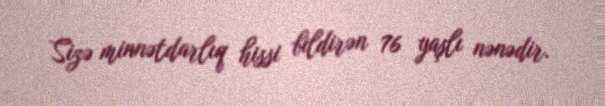
Sizə minnətdarlıq hissi bildirən 76 yaşlı nənədir.